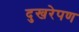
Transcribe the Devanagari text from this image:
दुखरेपण